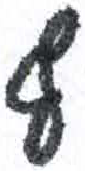
אות: ף